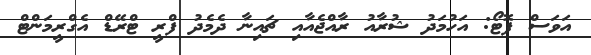
އަވަސް ފޮޓޯ: އަހުމަދު ޝުރާއު ރާއްޖެއާއި ޗައިނާ ދެމެދު ފްރީ ޓްރޭޑް އެގްރީމަންޓް